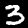
Digit: 3